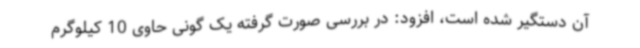
آن دستگیر شده است، افزود: در بررسی صورت گرفته یک گونی حاوی 10 کیلوگرم